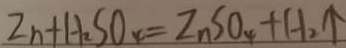
Z n + H _ { 2 } S O _ { 4 } = Z n S O _ { 4 } + H _ { 2 } \uparrow